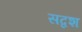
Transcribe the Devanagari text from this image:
सद्वश